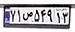
۷۱ص۵۴۹۱۳